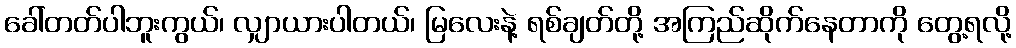
ခေါ်တတ်ပါဘူးကွယ်၊ လျှာယားပါတယ်၊ မြလေးနဲ့ ရစ်ချတ်တို့ အကြည်ဆိုက်နေတာကို တွေ့ရလို့